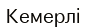
Кемерлі